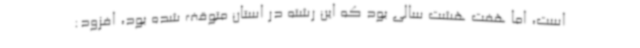
است، اما هفت هشت سالی بود که این رشته در استان متوقف شده بود، افزود:‌